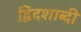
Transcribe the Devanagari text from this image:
द्विदशाब्दी